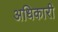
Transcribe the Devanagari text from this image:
अधिकारी